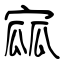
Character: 寙